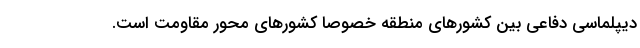
دیپلماسی دفاعی بین کشورهای منطقه‌ خصوصاً کشورهای محور مقاومت است.